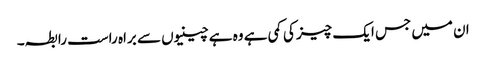
ان میں جس ایک چیز کی کمی ہے وہ ہے چینیوں سے براہ راست رابطہ۔